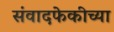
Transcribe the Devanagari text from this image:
संवादफेकीच्या